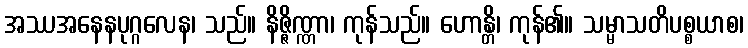
အဿအနေနပုဂ္ဂလေန၊ သည်။ နိဇ္ဇိဏ္ဏာ၊ ကုန်သည်။ ဟောန္တိ၊ ကုန်၏။ သမ္မာသတိပစ္စယာစ၊